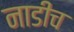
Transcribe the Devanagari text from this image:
नाडीच